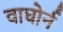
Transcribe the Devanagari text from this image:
वाघोर्न